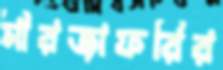
মীরজাফরির